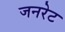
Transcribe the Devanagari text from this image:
जनरेट